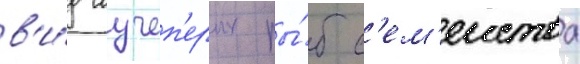
в'и́д лучеп'ерых ры́б с'ем'еиства